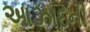
આઝાદની